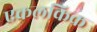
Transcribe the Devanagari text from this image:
एकलकिक